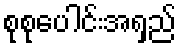
စုစုပေါင်းအရှည်